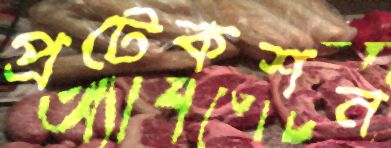
প্রটেকশন